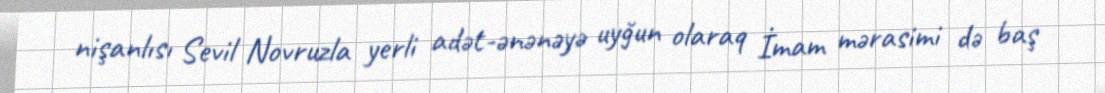
nişanlısı Sevil Novruzla yerli adət-ənənəyə uyğun olaraq İmam mərasimi də baş